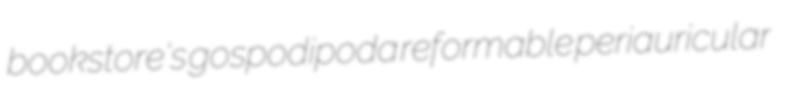
bookstore's gospodipoda reformable periauricular